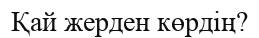
Қай жерден көрдің?